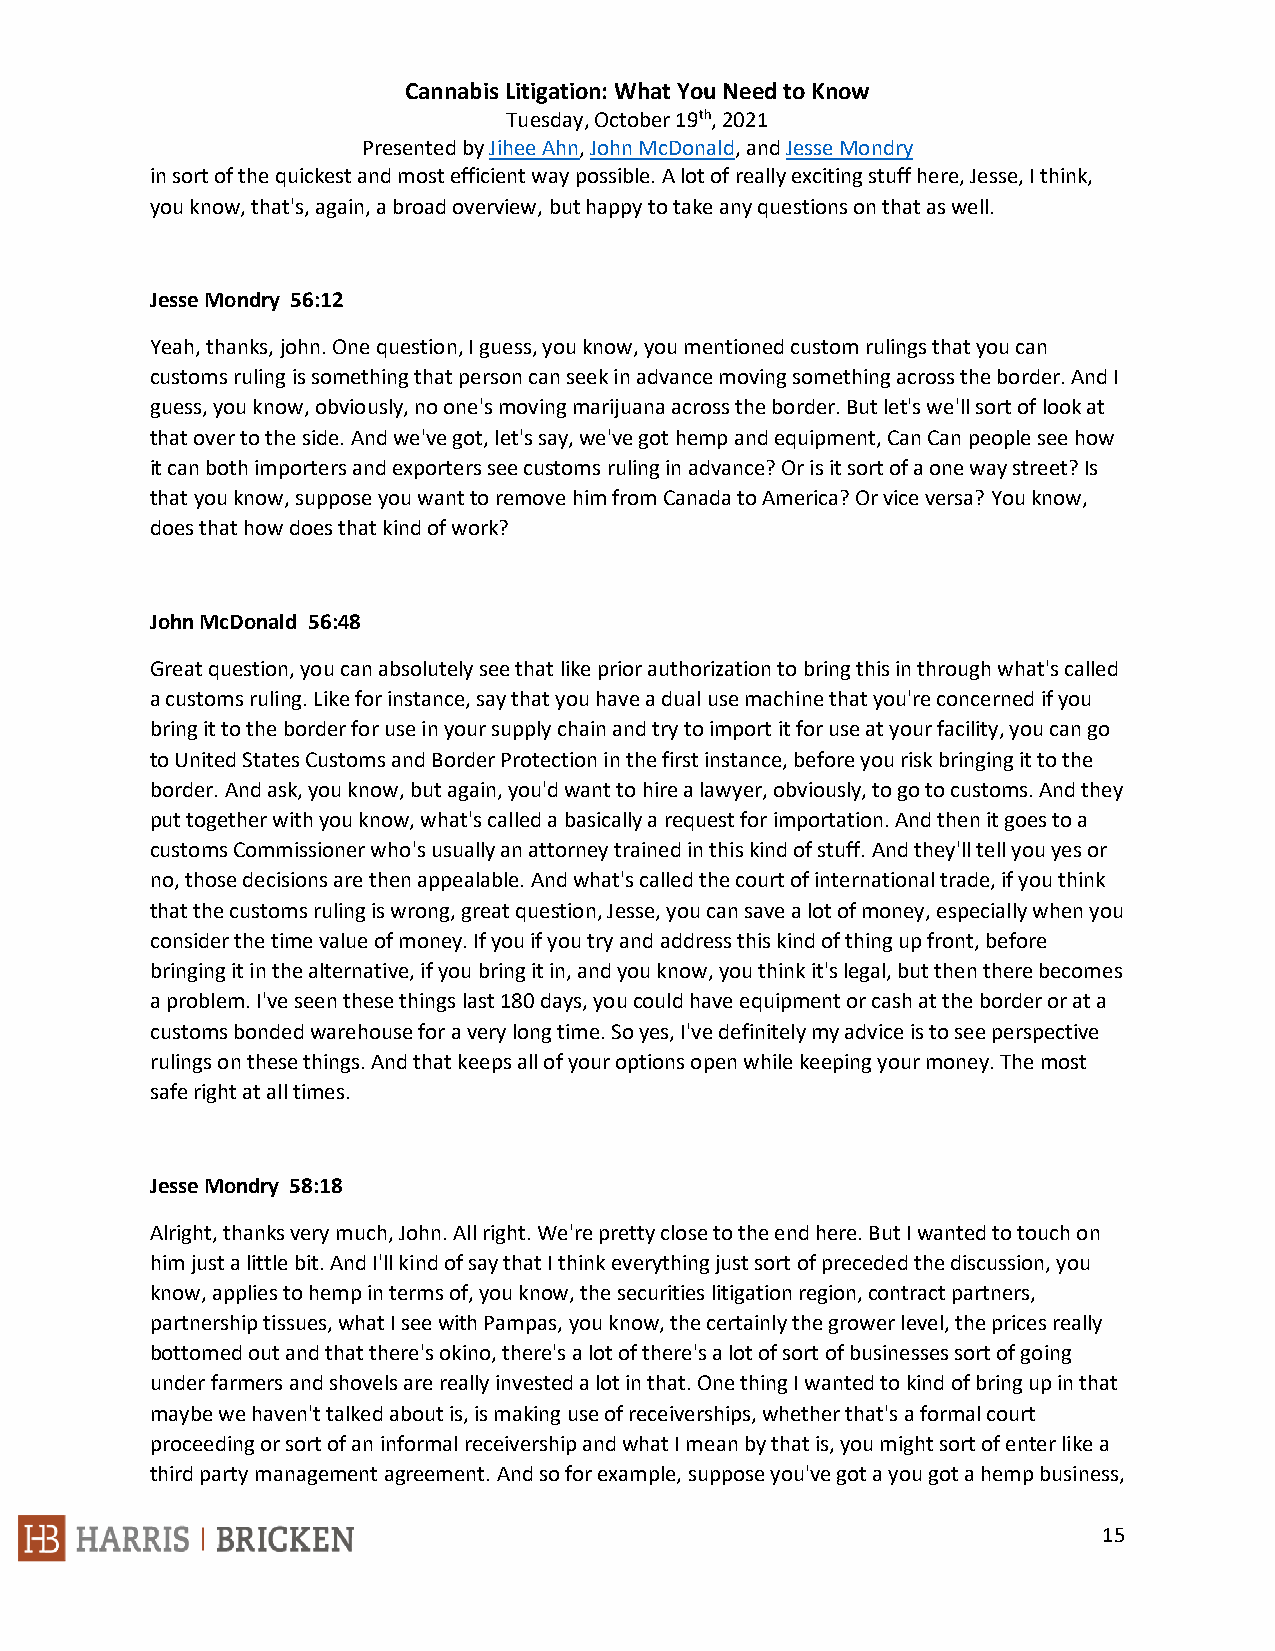
Cannabis Litigation: What You Need to Know
 Tuesday, October 19th, 2021
 Presented by Jihee Ahn, John McDonald, and Jesse Mondry
 in sort of the quickest and most efficient way possible. A lot of really exciting stuff here, Jesse, I think,
 you know, that's, again, a broad overview, but happy to take any questions on that as well.
 Jesse Mondry 56:12
 Yeah, thanks, john. One question, I guess, you know, you mentioned custom rulings that you can
 customs ruling is something that person can seek in advance moving something across the border. And I
 guess, you know, obviously, no one's moving marijuana across the border. But let's we'll sort of look at
 that over to the side. And we've got, let's say, we've got hemp and equipment, Can Can people see how
 it can both importers and exporters see customs ruling in advance? Or is it sort of a one way street? Is
 that you know, suppose you want to remove him from Canada to America? Or vice versa? You know,
 does that how does that kind of work?
 John McDonald 56:48
 Great question, you can absolutely see that like prior authorization to bring this in through what's called
 a customs ruling. Like for instance, say that you have a dual use machine that you're concerned if you
 bring it to the border for use in your supply chain and try to import it for use at your facility, you can go
 to United States Customs and Border Protection in the first instance, before you risk bringing it to the
 border. And ask, you know, but again, you'd want to hire a lawyer, obviously, to go to customs. And they
 put together with you know, what's called a basically a request for importation. And then it goes to a
 customs Commissioner who's usually an attorney trained in this kind of stuff. And they'll tell you yes or
 no, those decisions are then appealable. And what's called the court of international trade, if you think
 that the customs ruling is wrong, great question, Jesse, you can save a lot of money, especially when you
 consider the time value of money. If you if you try and address this kind of thing up front, before
 bringing it in the alternative, if you bring it in, and you know, you think it's legal, but then there becomes
 a problem. I've seen these things last 180 days, you could have equipment or cash at the border or at a
 customs bonded warehouse for a very long time. So yes, I've definitely my advice is to see perspective
 rulings on these things. And that keeps all of your options open while keeping your money. The most
 safe right at all times.
 Jesse Mondry 58:18
 Alright, thanks very much, John. All right. We're pretty close to the end here. But I wanted to touch on
 him just a little bit. And I'll kind of say that I think everything just sort of preceded the discussion, you
 know, applies to hemp in terms of, you know, the securities litigation region, contract partners,
 partnership tissues, what I see with Pampas, you know, the certainly the grower level, the prices really
 bottomed out and that there's okino, there's a lot of there's a lot of sort of businesses sort of going
 under farmers and shovels are really invested a lot in that. One thing I wanted to kind of bring up in that
 maybe we haven't talked about is, is making use of receiverships, whether that's a formal court
 proceeding or sort of an informal receivership and what I mean by that is, you might sort of enter like a
 third party management agreement. And so for example, suppose you've got a you got a hemp business,
 15